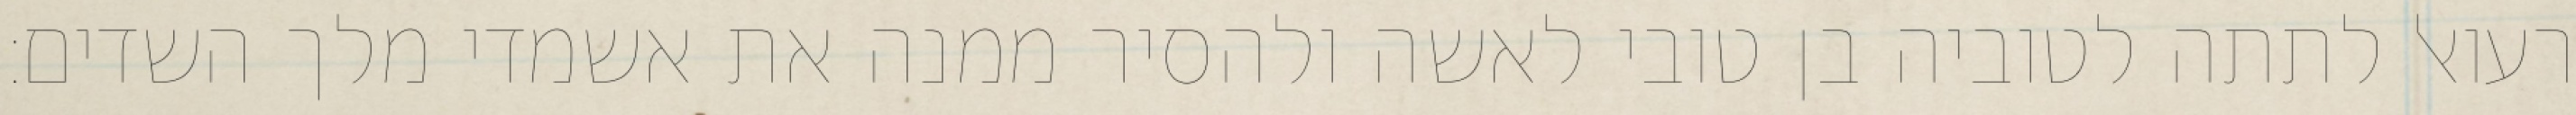
רעואל לתתה לטוביה בן טובי לאשה ולהסיר ממנה את אשמדי מלך השדים: